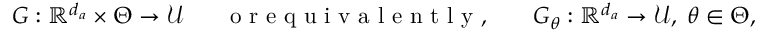
G : \mathbb { R } ^ { d _ { a } } \times \Theta \rightarrow \mathcal { U } \; \; \; \; \; \; \mathrm { ~ o ~ r ~ e ~ q ~ u ~ i ~ v ~ a ~ l ~ e ~ n ~ t ~ l ~ y ~ , ~ } \; \; \; \; \; \; G _ { \theta } : \mathbb { R } ^ { d _ { a } } \rightarrow \mathcal { U } , \; \theta \in \Theta ,